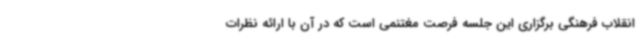
انقلاب فرهنگی برگزاری این جلسه فرصت مغتنمی است که در آن با ارائه نظرات